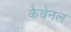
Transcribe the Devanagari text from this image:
कैबेनल